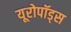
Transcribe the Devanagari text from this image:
यूरोपॉड्स